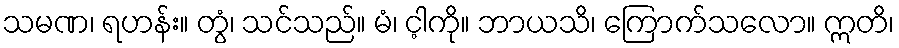
သမဏ၊ ရဟန်း။ တွံ၊ သင်သည်။ မံ၊ င့ါကို။ ဘာယသိ၊ ကြောက်သလော။ ဣတိ၊